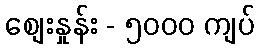
စျေးနှုန်း - ၅၀၀၀ ကျပ်